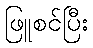
ဖြူစင်ပြီး